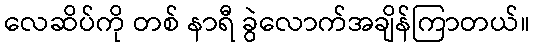
လေဆိပ်ကို တစ် နာရီ ခွဲလောက်အချိန်ကြာတယ်။